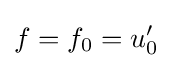
f=f_{0}=u'_{0}